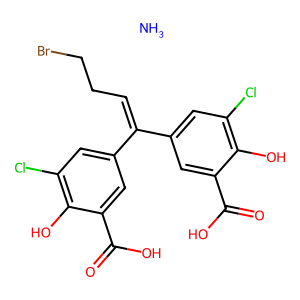
SMILES: N.O=C(O)c1cc(C(=CCCBr)c2cc(Cl)c(O)c(C(=O)O)c2)cc(Cl)c1O
Inhibits HIV replication: Yes